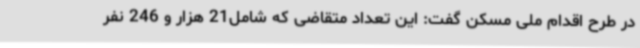
در طرح اقدام ملی مسکن گفت: این تعداد متقاضی که شامل21 هزار و 246 نفر